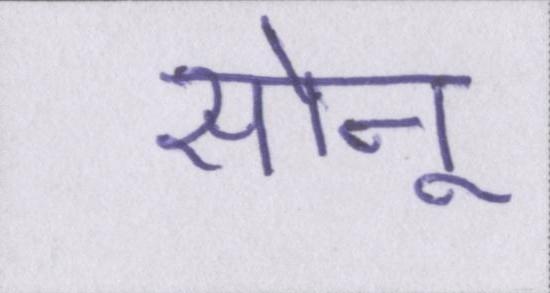
सोनू